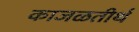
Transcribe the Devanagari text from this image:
काजळतीर्थ